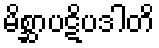
မိစ္ဆာပဋိပဒါတိ